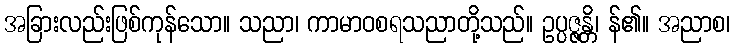
အခြားလည်းဖြစ်ကုန်သော။ သညာ၊ ကာမာဝစရသညာတို့သည်။ ဥပ္ပဇ္ဇန္တိ၊ န်၏။ အညာစ၊